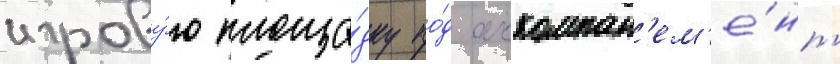
игрову́ю площа́дку по́д аккомпан'ем'е́нт